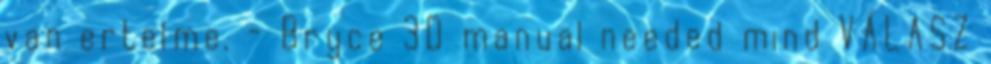
van ertelme. - Bryce 3D manual needed mind VÁLASZ